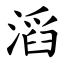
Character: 滔